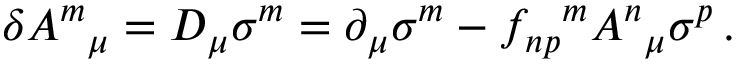
\delta A ^ { m } { } _ { \mu } = { \cal D } _ { \mu } \sigma ^ { m } = \partial _ { \mu } \sigma ^ { m } - f _ { n p } { } ^ { m } A ^ { n } { } _ { \mu } \sigma ^ { p } \, .